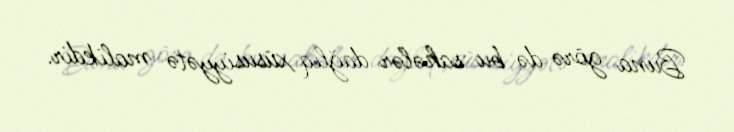
Buna görə də bu sahələr dağlıq xüsusiyyətə malikdir.